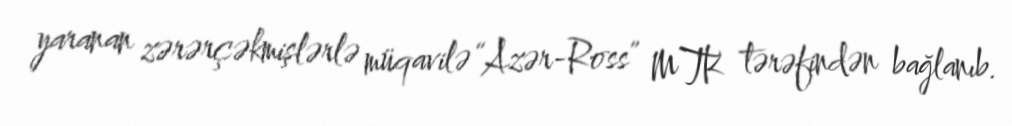
yaranan zərərçəkmişlərlə müqavilə “Azər-Ross” MTK tərəfindən bağlanıb.